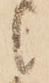
候